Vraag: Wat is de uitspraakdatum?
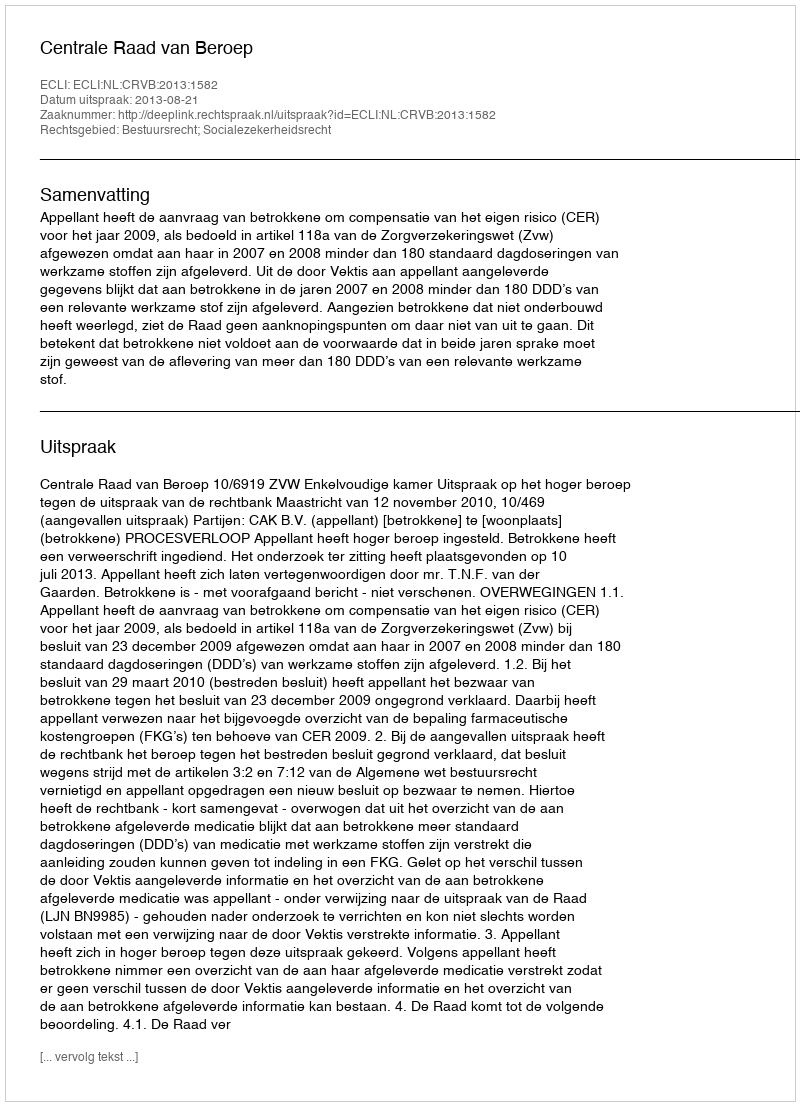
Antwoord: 2013-08-21